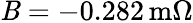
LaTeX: \mathit{B}=-0.282\, \mathrm{{m}}\Omega